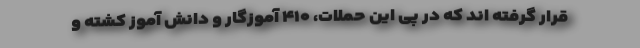
قرار گرفته اند که در پی این حملات، ۴۱۰ آموزگار و دانش آموز کشته و